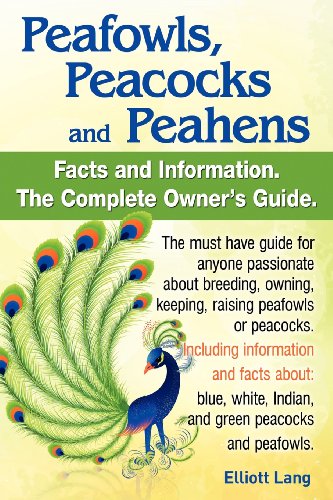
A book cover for Peafowls, Peacocks and Peahens. Including Facts and Information about Blue, White, Indian and Green Peacocks. Breeding, Owning, Keeping and Raising Pe; Elliott Lang; Crafts, Hobbies & Home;